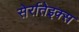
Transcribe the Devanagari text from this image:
सेर्रातेइक्स